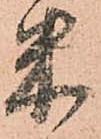
米